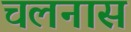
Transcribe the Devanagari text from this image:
चलनास